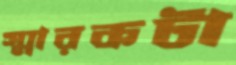
স্মারকটা